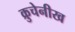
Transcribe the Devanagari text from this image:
क्रुचेनीख